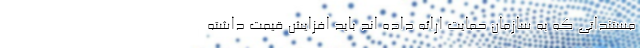
مستنداتی که به سازمان حمایت ارائه داده اند باید افزایش قیمت داشته